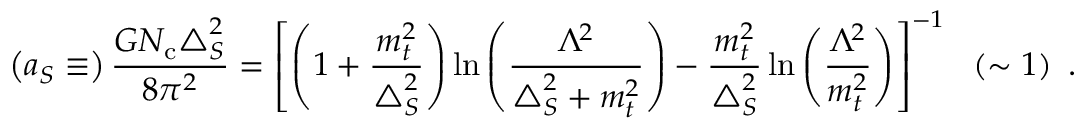
\left( a _ { S } \equiv \right) \frac { G N _ { \mathrm { c } } { \triangle } _ { S } ^ { 2 } } { 8 { \pi } ^ { 2 } } = \left[ \left( 1 + \frac { m _ { t } ^ { 2 } } { { \triangle } _ { S } ^ { 2 } } \right) \ln \left( \frac { { \Lambda } ^ { \! 2 } } { { \triangle } _ { S } ^ { 2 } + m _ { t } ^ { 2 } } \right) - \frac { m _ { t } ^ { 2 } } { { \triangle } _ { S } ^ { 2 } } \ln \left( \frac { { \Lambda } ^ { \! 2 } } { m _ { t } ^ { 2 } } \right) \right] ^ { - 1 } \ \ \left( \sim 1 \right) \ .